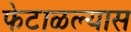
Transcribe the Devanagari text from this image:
फेटाळल्यास